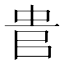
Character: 𠳋